Vaccine operations Central Provinces 1886-1899 - 1886-1899
Year: 1886
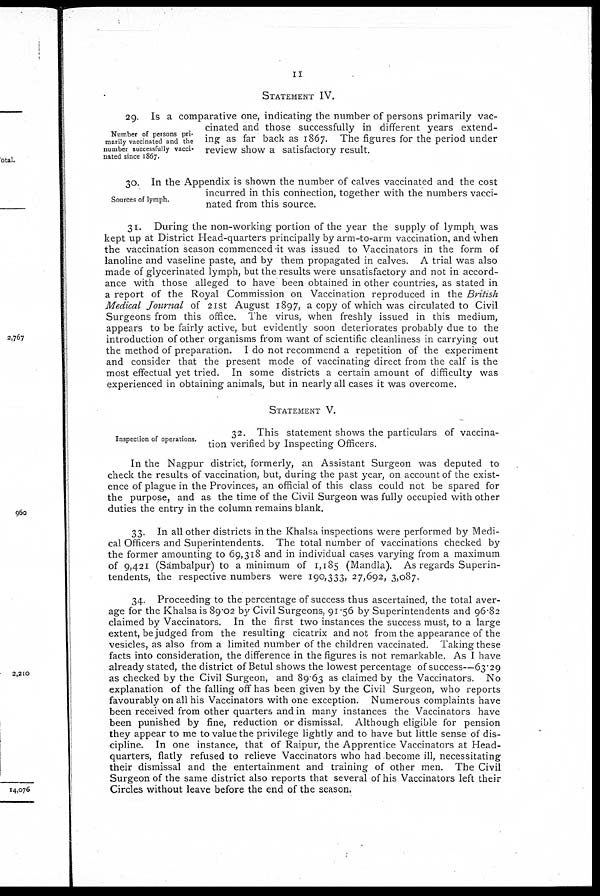
II
STATEMENT IV.
Number of persons pri-
marily vaccinated and the
number successfully vacci-
nated since 1867.
29. Is a comparative one, indicating the number of persons primarily vac-
cinated and those successfully in different years extend-
ing as far back as 1867. The figures for the period under
review show a satisfactory result.
Sources of lymph.
30. In the Appendix is shown the number of calves vaccinated and the cost
incurred in this connection, together with the numbers vacci-
nated from this source.
31. During the non-working portion of the year the supply of lymph was
kept up at District Head-quarters principally by arm-to-arm vaccination, and when
the vaccination season commenced it was issued to Vaccinators in the form of
lanoline and vaseline paste, and by them propagated in calves. A trial was also
made of glycerinated lymph, but the results were unsatisfactory and not in accord-
ance with those alleged to have been obtained in other countries, as stated in
a report of the Royal Commission on Vaccination reproduced in the British
Medical Journal of 21st August 1897, a copy of which was circulated to Civil
Surgeons from this office. The virus, when freshly issued in this medium,
appears to be fairly active, but evidently soon deteriorates probably due to the
introduction of other organisms from want of scientific cleanliness in carrying out
the method of preparation. I do not recommend a repetition of the experiment
and consider that the present mode of vaccinating direct from the calf is the
most effectual yet tried. In some districts a certain amount of difficulty was
experienced in obtaining animals, but in nearly all cases it was overcome.
STATEMENT V.
Inspection of operations.
32. This statement shows the particulars of vaccina-
tion verified by Inspecting Officers.
In the Nagpur district, formerly, an Assistant Surgeon was deputed to
check the results of vaccination, but, during the past year, on account of the exist-
ence of plague in the Provinces, an official of this class could not be spared for
the purpose, and as the time of the Civil Surgeon was fully occupied with other
duties the entry in the column remains blank.
33. In all other districts in the Khalsa inspections were performed by Medi-
cal Officers and Superintendents. The total number of vaccinations checked by
the former amounting to 69,318 and in individual cases varying from a maximum
of 9,421 (Sambalpur) to a minimum of 1,185 (Mandla). As regards Superin-
tendents, the respective numbers were 190,333, 27,692, 3,087.
34. Proceeding to the percentage of success thus ascertained, the total aver-
age for the Khalsa is 89.02 by Civil Surgeons, 91.56 by Superintendents and 96.82
claimed by Vaccinators. In the first two instances the success must, to a large
extent, be judged from the resulting cicatrix and not from the appearance of the
vesicles, as also from a limited number of the children vaccinated
Taking these
facts into consideration, the difference in the figures is not remarkable. As I have
already stated, the district of Betul shows the lowest percentage of success—63.29
as checked by the Civil Surgeon, and 89 63 as claimed by the Vaccinators. No
explanation of the falling off has been given by the Civil Surgeon, who reports
favourably on all his Vaccinators with one exception. Numerous complaints have
been received from other quarters and in many instances the Vaccinators have
been punished by fine, reduction or dismissal. Although eligible for pension
they appear to me to value the privilege lightly and to have but little sense of dis-
cipline. In one instance, that of Raipur, the Apprentice Vaccinators at Head-
quarters, flatly refused to relieve Vaccinators who had become ill, necessitating
their dismissal and the entertainment and training of other men. The Civil
Surgeon of the same district also reports that several of his Vaccinators left their
Circles without leave before the end of the season.